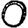
Digit: 0